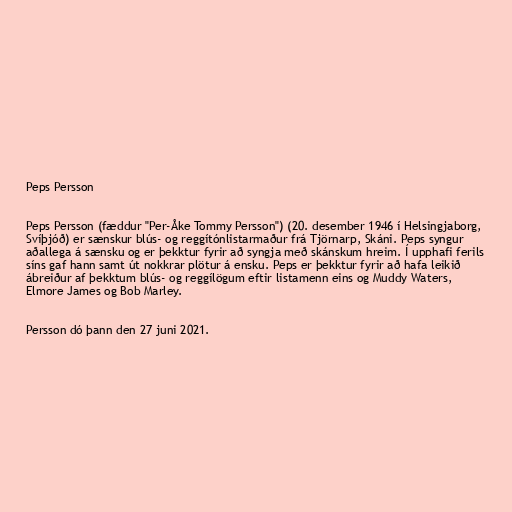
Peps Persson

Peps Persson (fæddur "Per-Åke Tommy Persson") (20. desember 1946 í Helsingjaborg,
Svíþjóð) er sænskur blús- og reggítónlistarmaður frá Tjörnarp, Skáni. Peps syngur
aðallega á sænsku og er þekktur fyrir að syngja með skánskum hreim. Í upphafi ferils
síns gaf hann samt út nokkrar plötur á ensku. Peps er þekktur fyrir að hafa leikið
ábreiður af þekktum blús- og reggílögum eftir listamenn eins og Muddy Waters,
Elmore James og Bob Marley.

Persson dó þann den 27 juni 2021.